Lunatic asylums in Bengal annual reports 1888-1898 - 1888-1898
Year: 1888
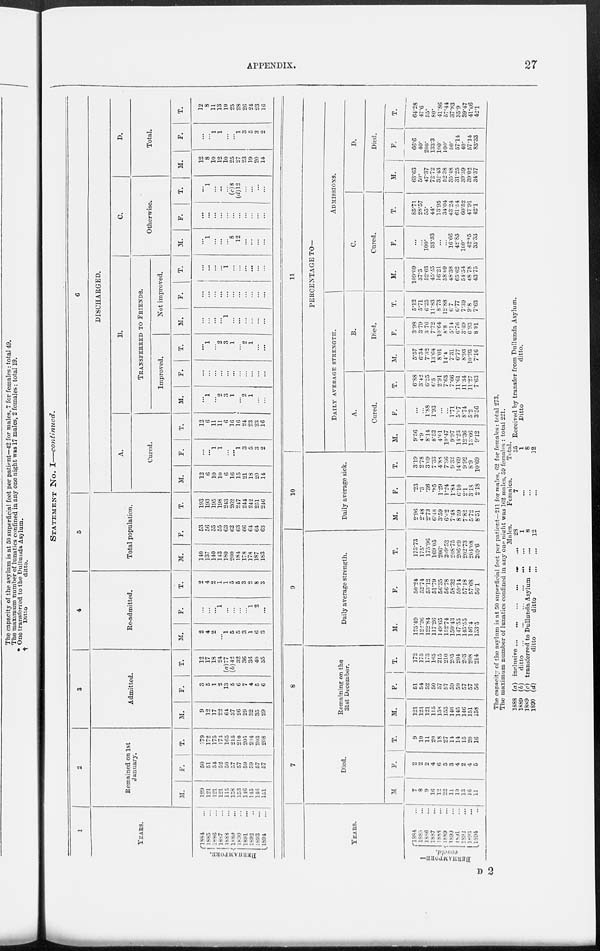
APPENDIX.
27
STATEMENT NO. I—continued.
1
YEARS.
BERHAMPORE.
1884...
1885 ...
1886 ...
1887 ...
1888 ...
1889 ...
1890 ...
1891 ...
1892 ...
1893 ...
1894
...
2
Remained on 1st
January.
M.
129
121
121
121
115
158
153
146
1 35
146
151
F.
50
51
54
52
50
57
57
59
59
57
57
T.
179
172
175
173
165
215
210
205
294
203
208
3
Admitted.
M.
9
12
17
22
64
37
26
29
32
35
29
F.
3
5
1
2
13
5
6
7
4
5
6
T.
12
17
18
24
(a)77
(b)42
32
36
36
40
35
4
Re-admitted.
M.
2
4
2
...
1
5
5
3
1
6
3
F.
...
...
...
1
...
...
...
...
1
2
...
T.
2
4
2
1
1
5
5
3
2
8
3
5
Total population.
M.
140
137
140
143
180
200
184
178
178
187
183
F.
53
56
55
55
63
62
63
66
64
64
63
T.
193
193
195
198
243
262
247
244
242
251
246
6
DISCHARGED.
A.
Cured.
M.
12
6
10
10
6
16
15
21
18
20
14
F.
...
...
1
1
...
...
1
3
5
3
2
T.
12
6
11
11
6
16
16
24
23
23
16
B.
TRANSFERRED TO FRIENDS.
Improved.
M.
...
1
...
2
3
1
...
2
1
...
...
F.
...
...
...
...
...
...
...
...
...
...
...
T.
...
1
2
3
1
...
2
1
...
...
Not improved.
M.
...
...
...
...
1
...
...
...
...
...
...
F.
...
...
...
...
...
...
...
...
...
...
...
T.
...
...
...
...
1
...
...
...
...
...
...
C.
Otherwise.
M.
...
1
...
...
...
8
12
...
...
...
...
F.
...
...
...
...
...
...
...
...
...
...
...
T.
...
1
...
...
...
(c)8
(d)12
...
...
...
...
D,
Total.
M.
12
8
10
12
10
25
27
23
19
20
14
F.
...
...
1
1
...
...
1
3
5
3
2
T.
12
8
11
13
10
25
28
26
24
23
16
YEARS.
BERHAMPORE
coneld.
1884
...
1885 ...
1886 ...
1887 ...
1888 ...
1889 ...
1890
...
1891 ...
1892 ...
1893 ...
1894
...
7
Died.
M.
7
8
9
16
12
22
11
10
13
16
11
F.
2
2
2
4
6
5
3
4
2
4
5
T.
9
10
11
20
18
27
14
14
15
20
16
8
Remaining on the
31st December.
M.
121
121
121
115
158
153
146
145
146
151
158
F.
51
54
52
50
57
57
59
59
57
57
56
T.
172
175
173
165
215
210
205
204
203
208
214
9
Daily average strength.
M.
125.49
122.26
122.84
117.26
149.65
152.74
150.43
147.55
145.55
146.4
153.5
F.
50.24
52.74
53.12
51.79
56.35
56.78
58.32
59.14
57.18
57.68
56.1
T.
175.73
175.
175.96
169.05
206.
209.52
208.75
206.69
202.73
204.08
209.6
10
Daily average sick.
M.
2.96
2.48
2.73
6.48
3.59
6.62
7.48
8.59
7.82
5.72
8.51
F.
.23
.3
.36
.85
1.29
1.24
1.84
6.10
2.1
3.18
2.18
T.
3.19
2.78
3.69
7.33
4.88
7.86
9.32
14.69
9.92
8.9
10.69
11
PERCENTAGE TO—
DAILY AVERAGE STRENGTH.
A.
Cured.
M.
9.56
4.9
8.14
8.52
4.01
10.47
9.97
14.23
12.36
13.66
9.12
F.
...
...
1.88
1.93
...
...
1.71
5.07
8.74
5.2
356
T.
6.88
3.42
6.25
6.5
2.91
7.63
7.66
11.61
11.34
11.27
7.63
B.
Died.
M.
5.57
6.54
7.32
13.64
8.01
14.4
7.31
6.77
8.93
10.93
7.16
F.
3.98
3.79
3.76
7.72
10.64
8.8
5.14
6.76
3.49
6 93
8 91
T.
5.12
5.71
6.25
11.83
8.73
12.88
6.7
6.77
7.39
9.8
7.63
ADMISSIONS.
C.
Cured.
M.
109.09
37.5
52.63
45.45
16.21
38.09
48.38
65.62
54.54
48.78
43.75
F.
...
...
100.
33.33
...
...
16.66
42.85
100.
42.85
33.33
T.
85.71
28.57
55.
44.
13.95
34.04
43.24
61.54
60.52
47.91
42.1
D.
Died.
M.
63.63
50.
47.37
72.72
32.43
52.38
35.48
31.25
39.39
39.02
34.37
F.
66.6
40.
200.
133.3
100.
100.
50.
57.14
40.
57.14
83.33
T.
64.28
47.6
55.
80.
41.86
57.44
37.83
35.9
39.47
41.66
42.1
The capacity of the asylum is at 50 superficial feet per patient—211 for mules, 62 for females: total 273.
The maximum number of lunatics confined in any one night was 162 males, 59 females : total 221.
1888
1889
1889
1890
(a)
(b)
(c)
(d)
inclusive ... ... ... ... ...
ditto
...
...
...
...
...
...
transferred to Dullunda Asylum
...
...
ditto
ditto
...
...
Males.
28
1
8
12
Females.
7
...
...
...
Total.
35
1
8
12
Received by transfer from Dullunda Asylum.
Ditto
ditto.
D 2